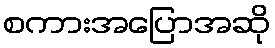
စကားအပြောအဆို